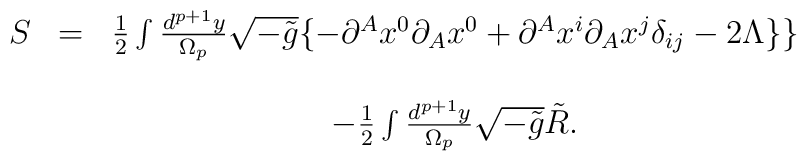
\begin{array}{ccc}S & = & \frac 12\int \frac{d^{p+1}y}{\Omega _p}\sqrt{-\tilde{g}}\{-\partial^Ax^0\partial _Ax^0+\partial ^Ax^i\partial _Ax^j\delta _{ij}-2\Lambda \}\}\\ &  &  \\ &  & -\frac 12\int \frac{d^{p+1}y}{\Omega _p}\sqrt{-\tilde{g}}\tilde{R}.\end{array}